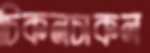
চিকনচাকন